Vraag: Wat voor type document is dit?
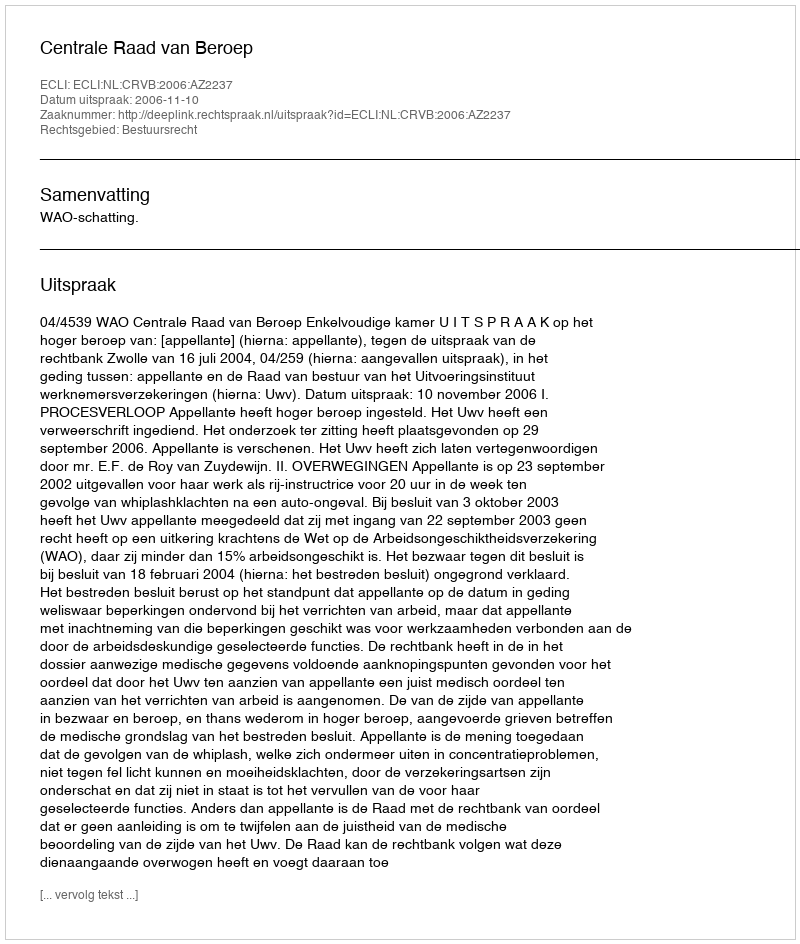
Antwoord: Uitspraak